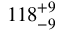
1 1 8 _ { - 9 } ^ { + 9 }